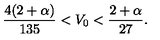
\frac { 4 ( 2 + \alpha ) } { 1 3 5 } < V _ { 0 } < \frac { 2 + \alpha } { 2 7 } .